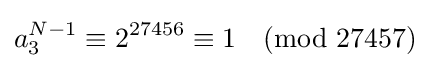
a_{3}^{N-1}\equiv 2^{27456}\equiv 1{\pmod {27457}}